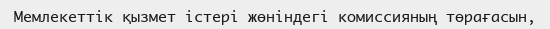
Мемлекеттік қызмет істері жөніндегі комиссияның төрағасын,